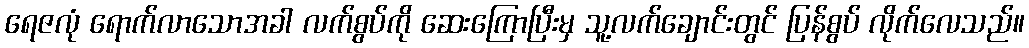
ရေဇလုံ ရောက်လာသောအခါ လက်စွပ်ကို ဆေးကြောပြီးမှ သူ့လက်ချောင်းတွင် ပြန်စွပ် လိုက်လေသည်။